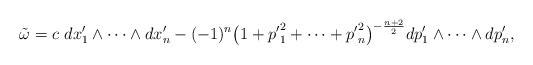
LaTeX: \begin{gather*}\tilde{\omega} = c \ dx'_1\wedge \cdots \wedge dx'_n- (-1)^n\big(1 + {p'}_{1}^{2} + \cdots +{p'}_{n}^{2}\big)^{-\frac{n+2}{2}}dp'_1\wedge \cdots \wedge dp'_n,\end{gather*}